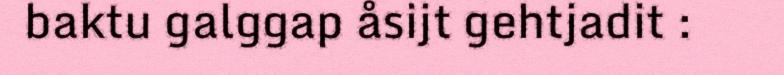
baktu galggap åsijt gehtjadit :